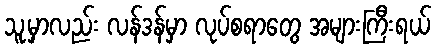
သူ့မှာလည်း လန်ဒန်မှာ လုပ်စရာတွေ အများကြီးရယ်